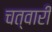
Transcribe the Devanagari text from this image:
चत्वारी